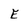
Character: E